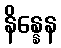
နိန္နေန